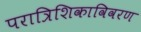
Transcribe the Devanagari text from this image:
परात्रिशिकाविवरण